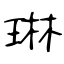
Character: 琳